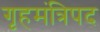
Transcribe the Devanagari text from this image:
गृहमंत्रिपद